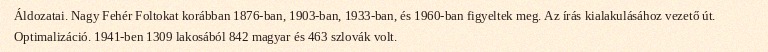
Áldozatai. Nagy Fehér Foltokat korábban 1876-ban, 1903-ban, 1933-ban, és 1960-ban figyeltek meg. Az írás kialakulásához vezető út. Optimalizáció. 1941-ben 1309 lakosából 842 magyar és 463 szlovák volt.